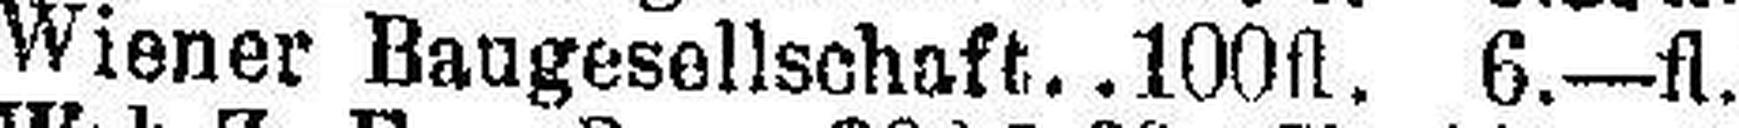
Wiener Baugesellschaft..100fl. 6.—fl.